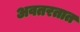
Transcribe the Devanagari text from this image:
अवतरतात